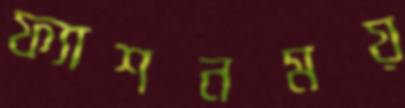
ফ্যাশনময়